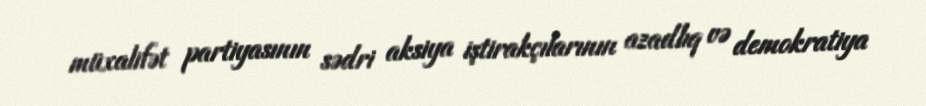
müxalifət partiyasının sədri aksiya iştirakçılarının azadlıq və demokratiya